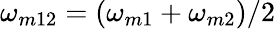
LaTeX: \omega_{m12}=(\omega_{m1}+\omega_{m2})/2